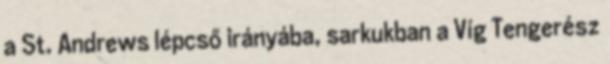
a St. Andrews lépcső irányába, sarkukban a Víg Tengerész